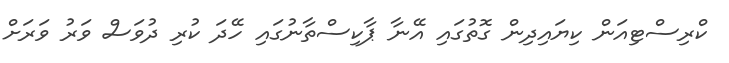
ކްރިސްޓިއަން ކިޔައިިދިން ގޮތުގައި އޭނާ ޕާކިސްތާނުގައި ހޭދަ ކުރި ދުވަސް ވަރު ވަރަށް